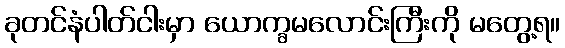
ခုတင်နံပါတ်ငါးမှာ ယောက္ခမလောင်းကြီးကို မတွေ့ရ။